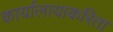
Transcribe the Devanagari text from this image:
कार्यालायाकरिता